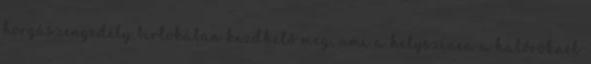
horgászengedély birtokában kezdhető meg, ami a helyszínen a halőröknél